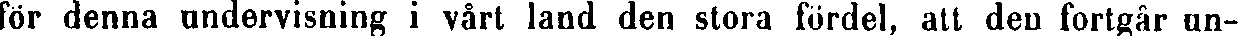
för denna undervisning i vårt land den stora fördel, alt den fortgår un-